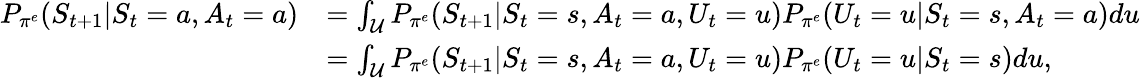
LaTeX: \begin{array}{rl}{P_{\pi^{e}}(S_{t+1}|S_{t}=a,A_{t}=a)}&{=\int_{\mathcal{U}}P_{\pi^{e}}(S_{t+1}|S_{t}=s,A_{t}=a,U_{t}=u)P_{\pi^{e}}(U_{t}=u|S_{t}=s,A_{t}=a)du}\\ &{=\int_{\mathcal{U}}P_{\pi^{e}}(S_{t+1}|S_{t}=s,A_{t}=a,U_{t}=u)P_{\pi^{e}}(U_{t}=u|S_{t}=s)du,}\end{array}